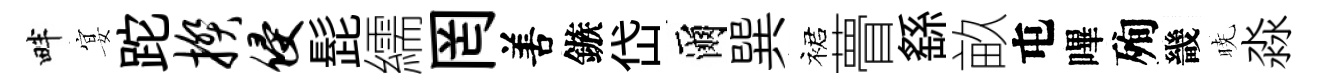
畔宴跎揆侵髭繻罔𠵊鏃岱爾巽裙瞢繇畝屯嗶殉畿暁淼